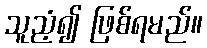
သူညံ့၍ ဖြစ်ရမည်။